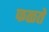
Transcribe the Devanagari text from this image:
फळते